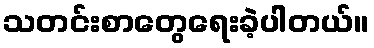
သတင်းစာတွေရေးခဲ့ပါတယ်။